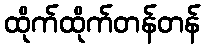
ထိုက်ထိုက်တန်တန်